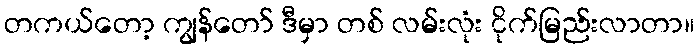
တကယ်တော့ ကျွန်တော် ဒီမှာ တစ် လမ်းလုံး ငိုက်မြည်းလာတာ။